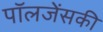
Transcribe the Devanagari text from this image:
पॉलजेंसकी